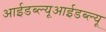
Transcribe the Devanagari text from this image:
आईडब्ल्यूआईडब्ल्यू